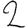
Digit: 2